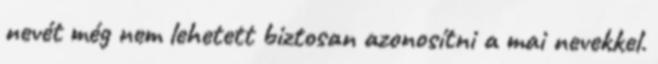
nevét még nem lehetett biztosan azonosítni a mai nevekkel.